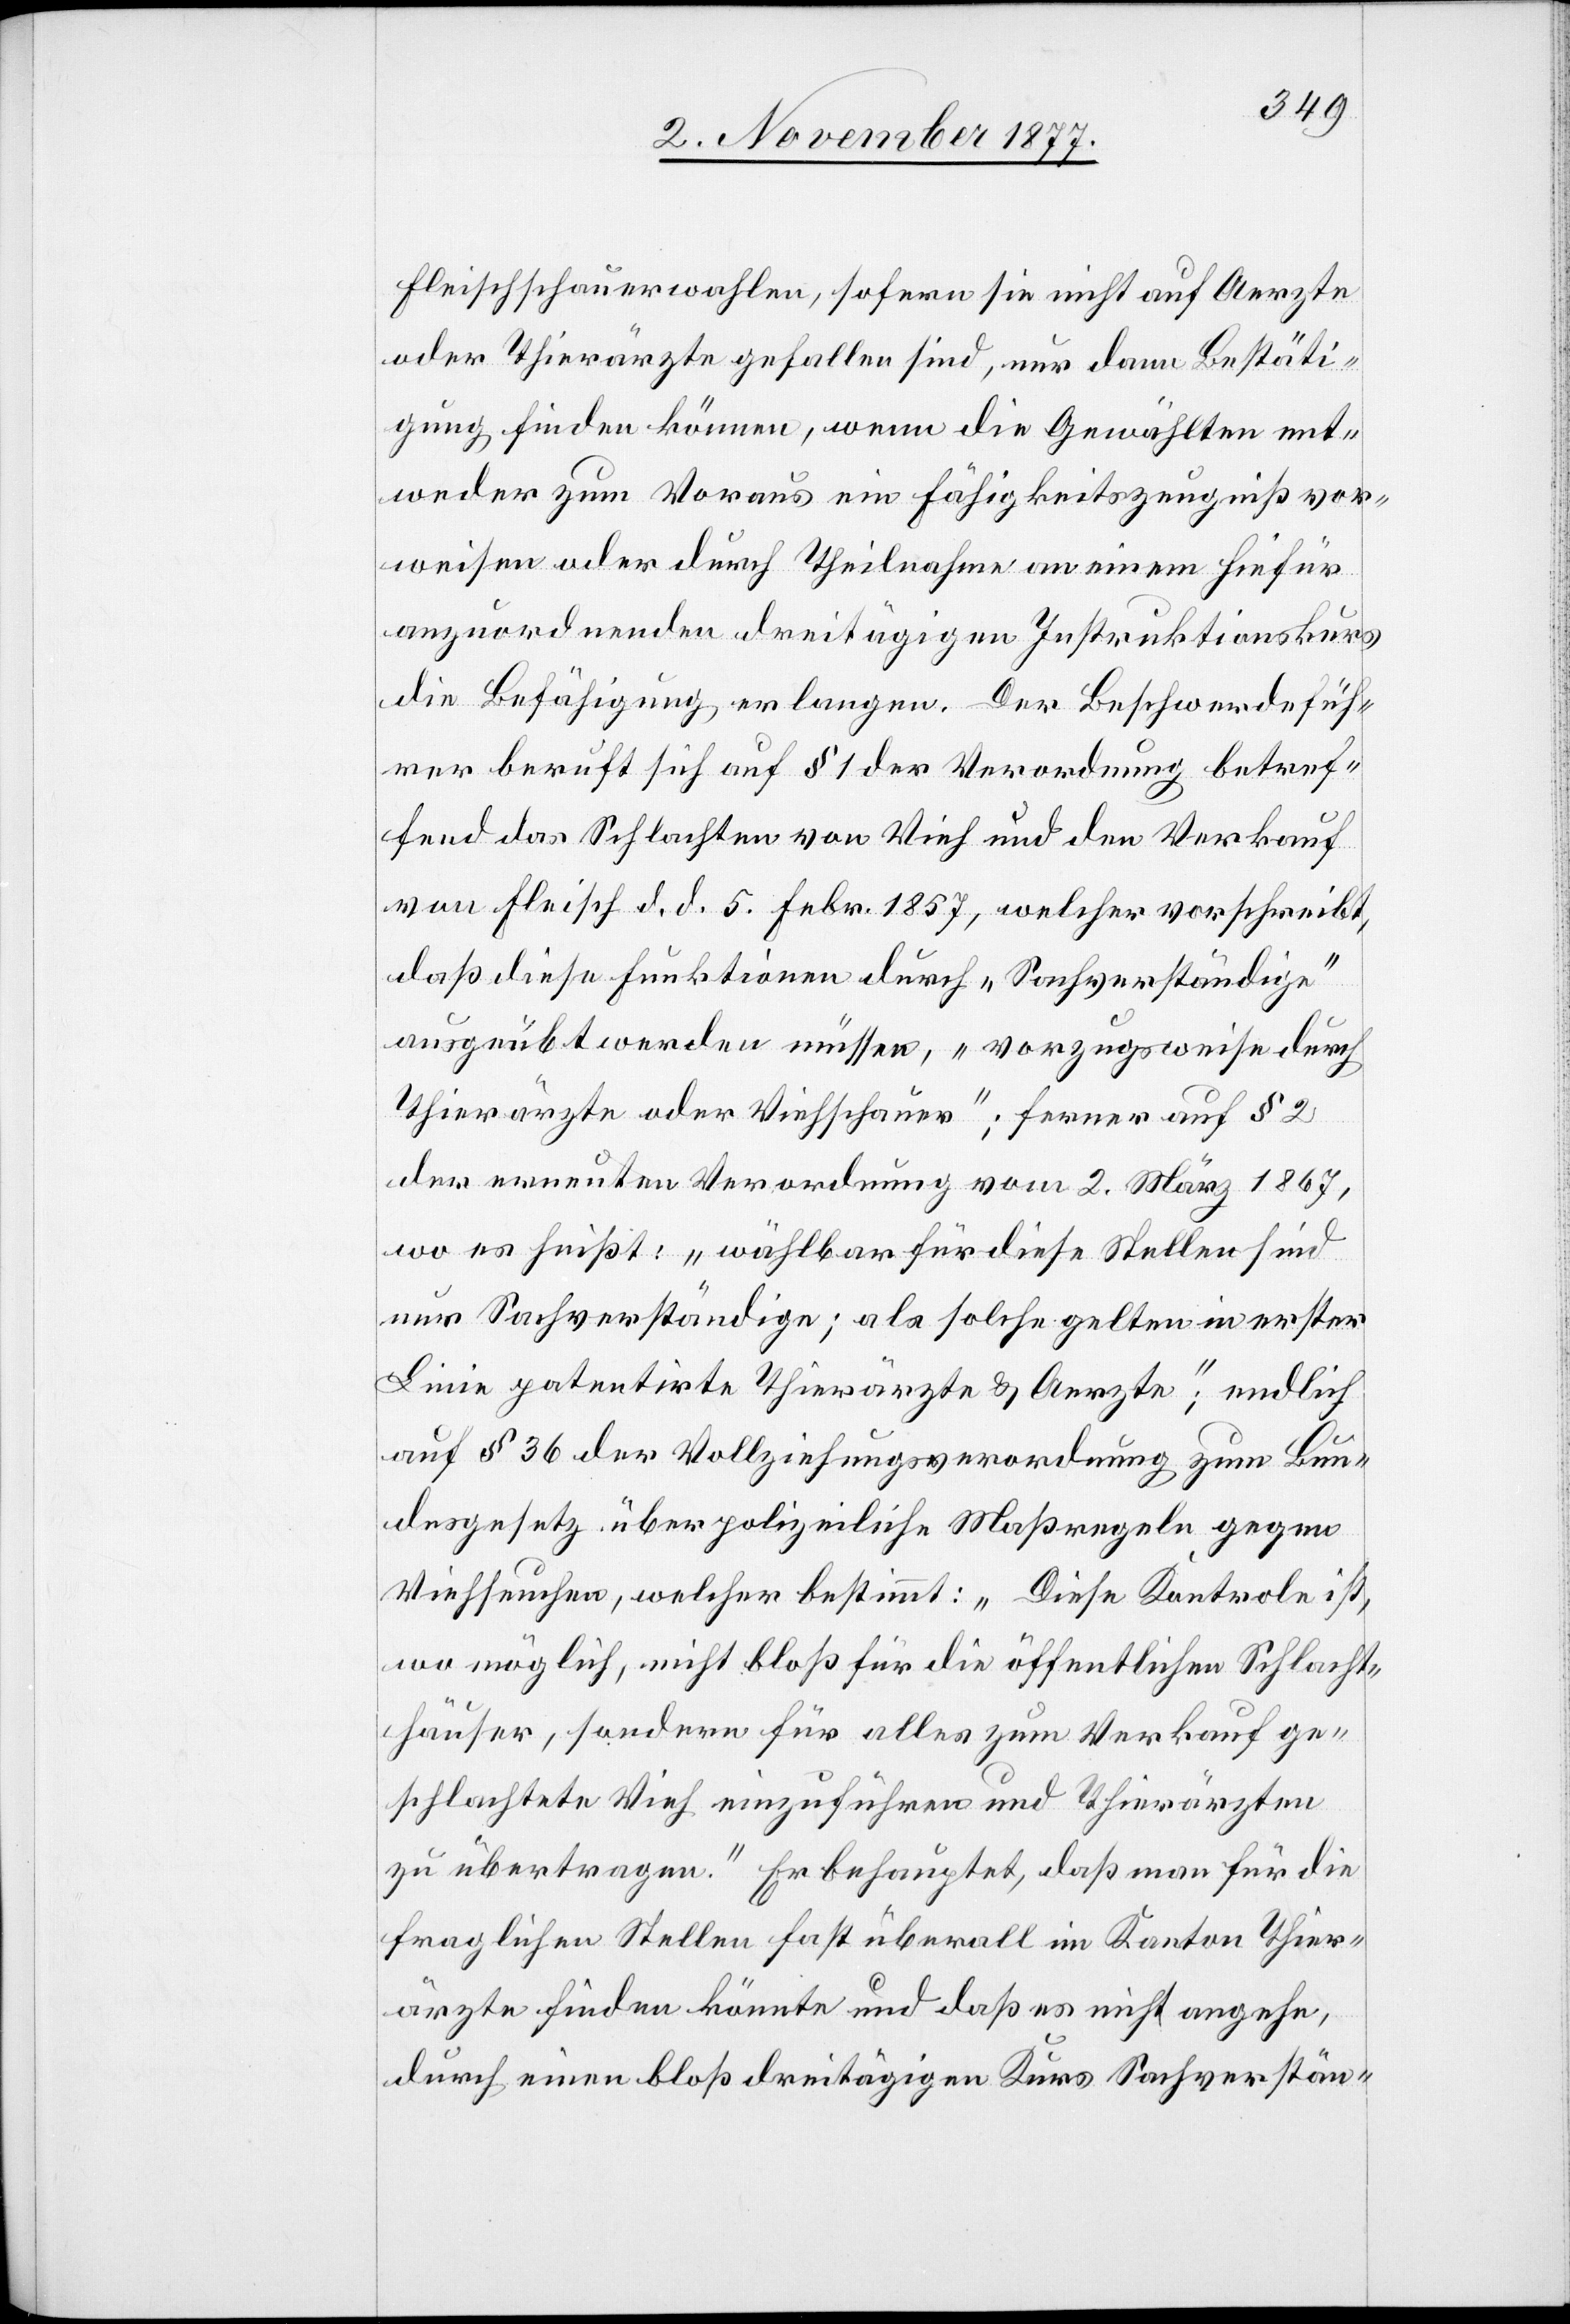
Fleischschauerwahlen, sofern sie nicht auf Aerzte
oder Thierärzte gefallen sind, nur dann Bestäti¬
gung finden können, wenn die Gewählten ent¬
weder zum Voraus ein Fähigkeitszeugniß vor¬
weisen oder durch Theilnahme an einem hiefür
anzuordnenden dreitägigen Instruktionskurs
die Befähigung erlangen. Der Beschwerdefüh¬
rer beruft sich auf § 1 der Verordnung betref¬
fend das Schlachten von Vieh und den Verkauf
von Fleisch d. d. 5. Febr. 1857, welcher vorschreibt,
daß diese Funktionen durch „Sachverständige“
ausgeübt werden müssen, „vorzugsweise durch
Thierärzte oder Viehschauer“; ferner auf § 2
der erneuten Verordnung vom 2. März 1867,
wo es heißt: „wählbar für diese Stellen sind
nur Sachverständige; als solche gelten in erster
Linie patentirte Thierärzte & Aerzte“, endlich
auf § 36 der Vollziehungsverordnung zum Bun¬
desgesetz über polizeiliche Maßregeln gegen
Viehseuchen, welcher bestimmt: „Diese Kontrole ist,
wo möglich, nicht bloß für die öffentlichen Schlacht¬
häuser, sondern für alles zum Verkauf ge¬
schlachtete Vieh einzuführen und Thierärzten
zu übertragen.“ Er behauptet, daß man für die
fraglichen Stellen fast überall im Kanton Thier¬
ärzte finden könnte und daß es nicht angehe,
durch einen bloß dreitägigen Kurs Sachverstän-